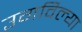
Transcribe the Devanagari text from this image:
उगविल्या